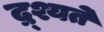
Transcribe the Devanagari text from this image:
द्र्श्यते